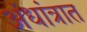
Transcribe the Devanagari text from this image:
अंधांत्रात